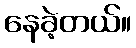
နေခဲ့တယ်။